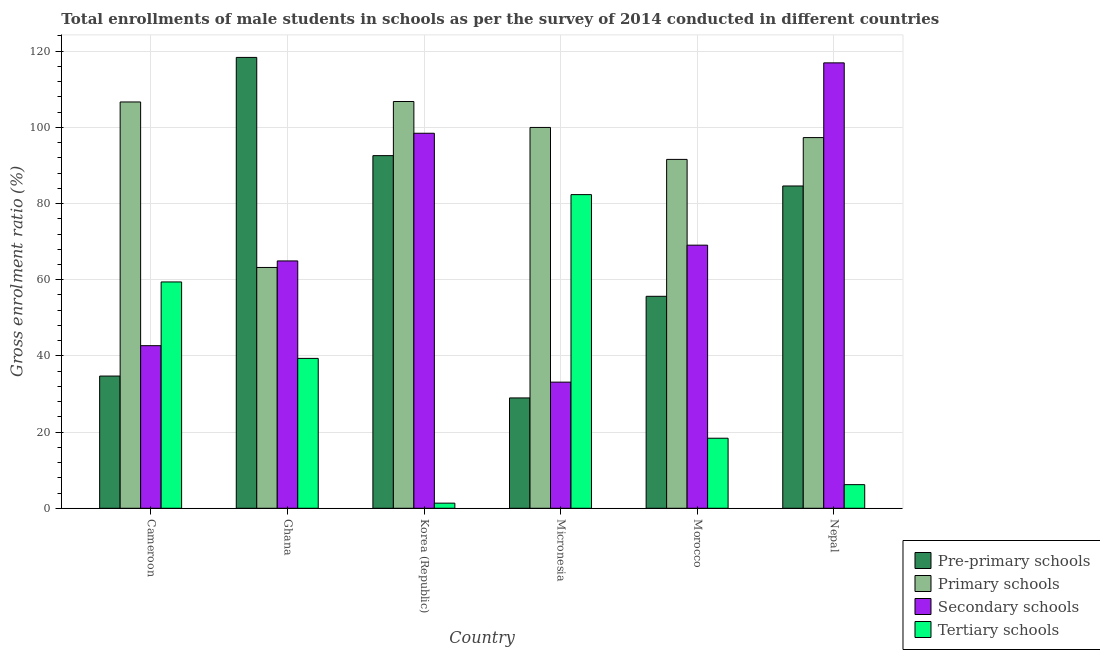
| Country | Pre-primary schools | Primary schools | Secondary schools | Tertiary schools |
 | --- | --- | --- | --- | --- |
 | Cameroon | 34.7 | 107 | 42.7 | 59.4 |
 | Ghana | 118 | 63.2 | 64.9 | 39.3 |
 | Korea (Republic) | 92.6 | 107 | 98.5 | 1.35 |
 | Micronesia | 29 | 100 | 33.1 | 82.3 |
 | Morocco | 55.7 | 91.6 | 69.1 | 18.4 |
 | Nepal | 84.6 | 97.3 | 117 | 6.2 |